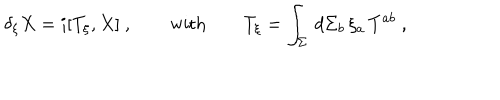
LaTeX: \delta _ { \xi } X = i [ T _ { \xi } , X ] \ , \qquad \mathrm { w i t h } \qquad T _ { \xi } = \int _ { \Sigma } \, d \Sigma _ { b } \, \xi _ { a } \, T ^ { a b } \ ,